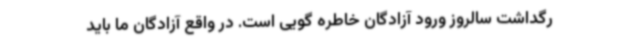
رگداشت سالروز ورود آزادگان خاطره گویی است. در واقع آزادگان ما باید